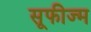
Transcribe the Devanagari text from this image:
सूफीज्म